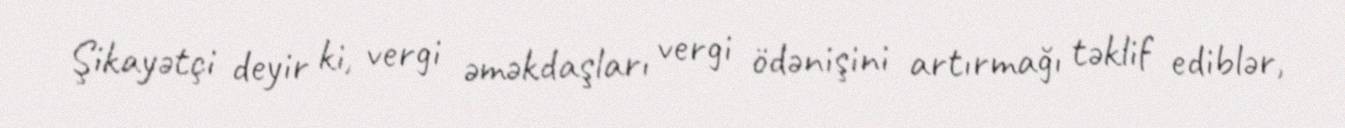
Şikayətçi deyir ki, vergi əməkdaşları vergi ödənişini artırmağı təklif ediblər,